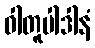
ဝါတူပါဒါနံ